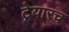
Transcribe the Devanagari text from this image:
ट्रेयारच